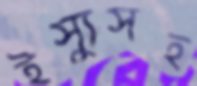
ইস্যুসহ